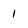
Character: 1